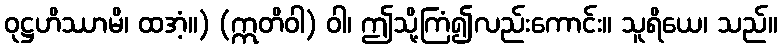
ဝုဋ္ဌဟိဿာမိ၊ ထအံ့။) (ဣတိဝါ) ဝါ၊ ဤသို့ကြံ၍လည်းကောင်း။ သူရိယေ၊ သည်။